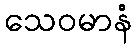
သေဝမာနံ